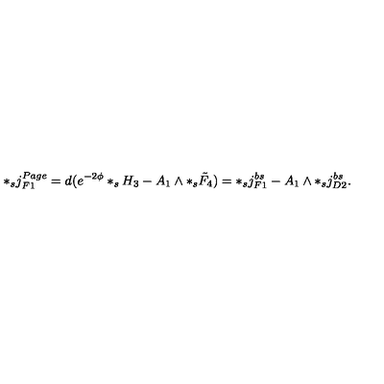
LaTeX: * _ { s } j _ { F 1 } ^ { P a g e } = d ( e ^ { - 2 \phi } * _ { s } H _ { 3 } - A _ { 1 } \wedge * _ { s } \tilde { F } _ { 4 } ) = * _ { s } j _ { F 1 } ^ { b s } - A _ { 1 } \wedge * _ { s } j _ { D 2 } ^ { b s } .